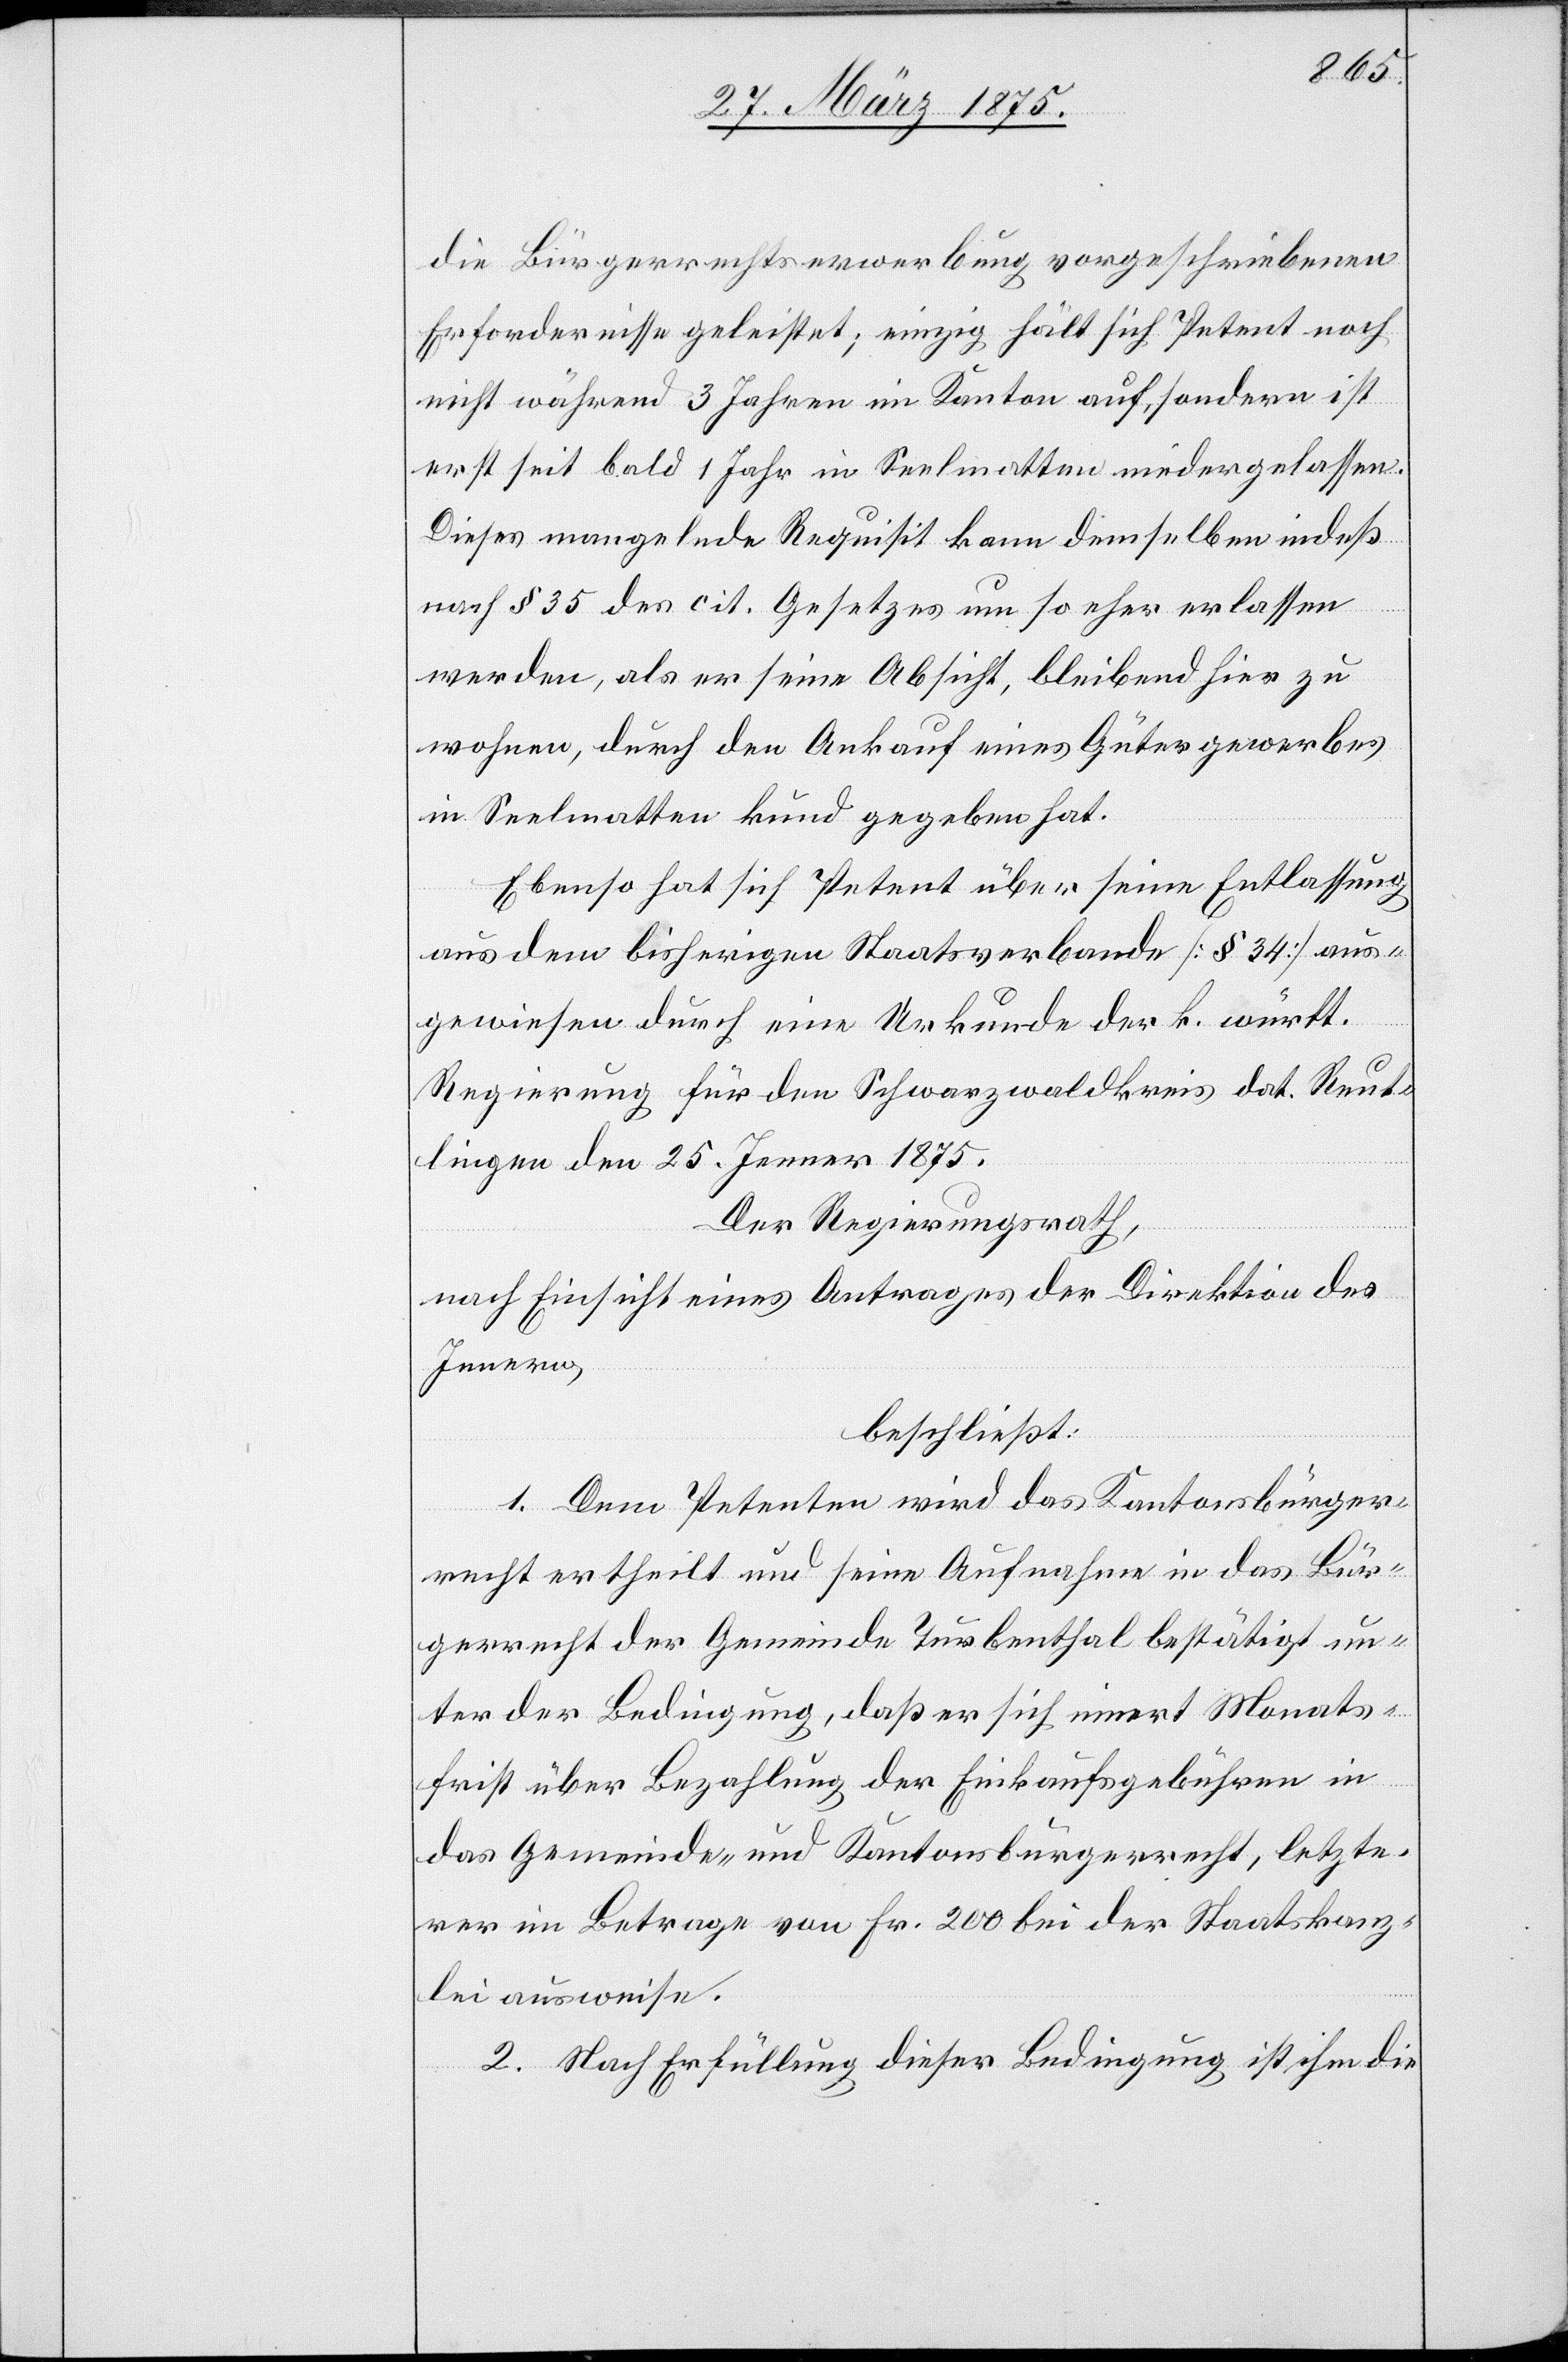
die Bürgerrechtserwerbung vorgeschriebenen
Erfordernisse geleistet; einzig hält sich Petent noch
nicht während 3 Jahren im Kanton auf, sondern ist
erst seit bald 1 Jahr in Saalmatten niedergelassen.
Dieses mangelnde Requisit kann demselben indeß
nach § 35 des cit. Gesetzes um so eher erlassen
werden, als er seine Absicht, bleibend hier zu
wohnen, durch den Ankauf eines Gütergewerbes
in Saalmatten kund gegeben hat.
Ebenso hat sich Petent über seine Entlassung
aus dem bisherigen Staatsverbande [§ 34] aus¬
gewiesen durch eine Urkunde der k. württ.
Regierung für den Schwarzwaldkreis dat. Reut¬
lingen den 25. Jenner 1875.
Der Regierungsrath,
nach Einsicht eines Antrages der Direktion des
Innern,
beschließt:
1. Dem Petenten wird das Kantonsbürger¬
recht ertheilt und seine Aufnahme in das Bür¬
gerrecht der Gemeinde Turbenthal bestätigt un¬
ter der Bedingung, daß er sich innert Monats¬
frist über Bezahlung der Einkaufsgebühren in
das Gemeinde- und Kantonsbürgerrecht, letzte¬
rer im Betrage von Fr. 200 bei der Staatskanz¬
lei ausweise.
2. Nach Erfüllung dieser Bedingung ist ihm die